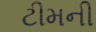
ટીમની